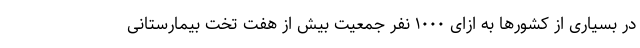
در بسیاری از کشورها به ازای ۱۰۰۰ نفر جمعیت بیش از هفت تخت بیمارستانی